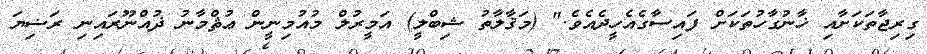
ގިރިޖާތަކަށާއި ޚާނުގާހުތަކަށް ފައިސާގެއެހީދެއެވެ." (މަޤާލާތު ޝިބްލީ) އަމީރުލް މުއުމިނީން ޢުޘްމާނު ޛުއްނޫރައިނި ރަޟިޔަ